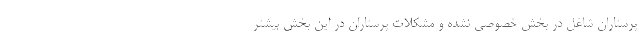
پرستاران شاغل در بخش خصوصی نشده و مشکلات پرستاران در این بخش بیشتر